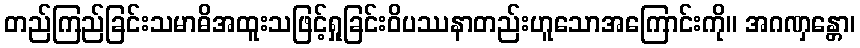
တည်ကြည်ခြင်းသမာဓိအထူးသဖြင့်ရှုခြင်းဝိပဿနာတည်းဟူသောအကြောင်းကို။ အဂဏှန္တော၊